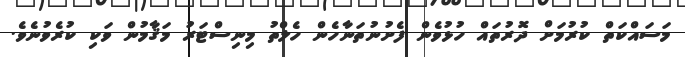
މަސައްކަތް ކުރުމަށް ދޮރުތައް ހުޅުވެން ފެށުނުތަނާހެން ހެލްތު މިނިސްޓަރު މަޤާމުން ވަކި ކުރެވުނެވެ.